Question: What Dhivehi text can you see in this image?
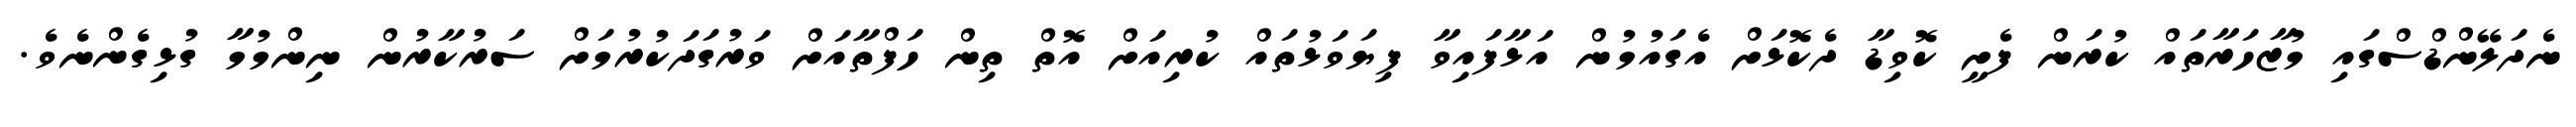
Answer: ނެދަލޭންޑްސްގައި މުޒާހަރާތައް ކުރަން ފެށީ ކޮވިޑާ ދެކޮޅަށް އެގައުމުން އަޅާފައިވާ ފިޔަވަޅުތައް ކުރިއަށް އޮތް ތިން ހަފްތާއަށް ވަރުގަދަކުރުމަށް ސަރުކާރުން ނިންމުމާ ގުޅިގެންނެވެ.